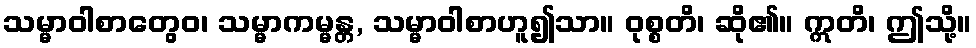
သမ္မာဝါစာတွေဝ၊ သမ္မာကမ္မန္တ, သမ္မာဝါစာဟူ၍သာ။ ဝုစ္စတိ၊ ဆို၏။ ဣတိ၊ ဤသို့။